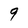
Character: 9